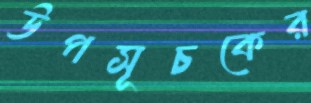
উপসূচকের